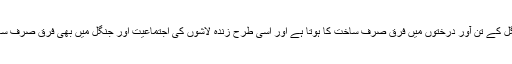
زندہ لاشوں اور جنگل کے تن آور درختوں میں فرق صرف ساخت کا ہوتا ہے اور اسی طرح زندہ لاشوں کی اجتماعیت اور جنگل میں بھی فرق صرف ساخت کا ہی ہوتا ہے۔